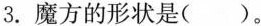
3.魔方的形状是( )。